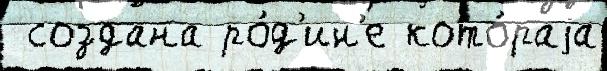
 создана ро́д'ин'е кото́раjа